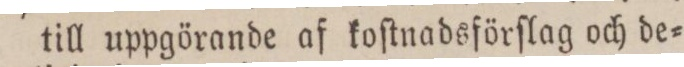
till uppgörande af koſtnadsförſlag och de=